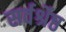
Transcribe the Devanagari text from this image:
सर्वर्श्रेष्ठ